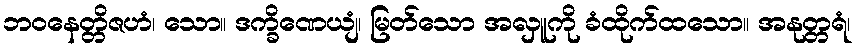
ဘဝနေတ္တိဇဟံ၊ သော။ ဒက္ခိဏေယျံ၊ မြတ်သော အလှူကို ခံထိုက်ထသော။ အနုတ္တရံ၊